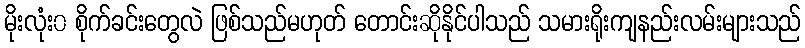
မိုးလုံး၀ စိုက်ခင်းတွေလဲ ဖြစ်သည်မဟုတ် တောင်းဆိုနိုင်ပါသည် သမားရိုးကျနည်းလမ်းများသည်